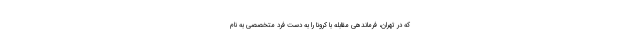
که در تهران، فرماندهی مقابله با کرونا را به دست فرد متخصصی به نام